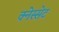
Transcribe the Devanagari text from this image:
क्नेस्सेट